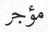
مؤجر